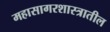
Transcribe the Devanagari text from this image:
महासागरशास्त्रातील